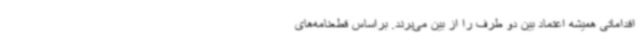
اقداماتی همیشه اعتماد بین دو طرف را از بین می‌برند. براساس قطعنامه‌های